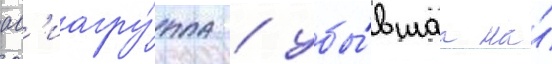
ав'иагру́ппа / убы́вшаа на́